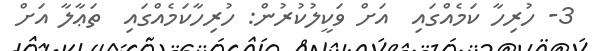
3- ހުރިހާ ކަމެއްގައި  އަށް ވަކީލުކުރުން: ހުރިހާކަމެއްގައި  ތަޢާލާ އަށް